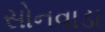
સોનવાડા